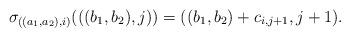
LaTeX: \begin{align*}\sigma_{((a_1,a_2),i)}(((b_1,b_2),j))=((b_1,b_2)+c_{i,j+1},j+1).\end{align*}